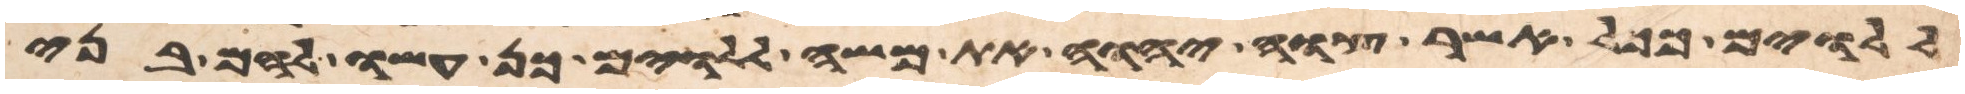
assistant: ללוים ככל אשר צוה יהוה את משה ללוים כן עשו להם בני